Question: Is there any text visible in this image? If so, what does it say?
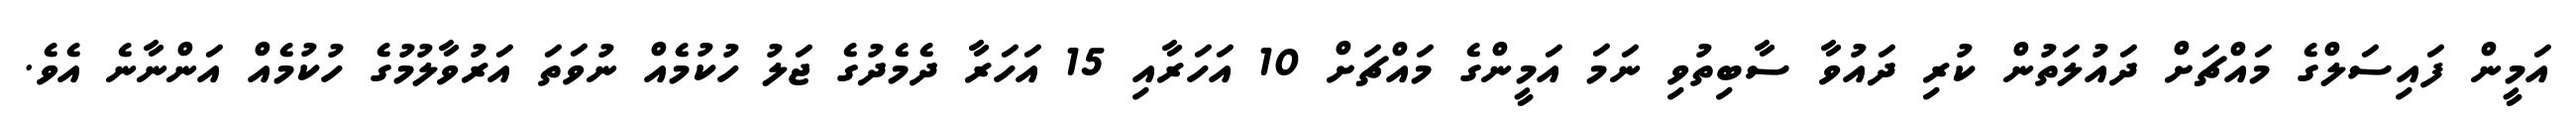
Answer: އަމީން ފައިސަލްގެ މައްޗަށް ދައުލަތުން ކުރި ދައުވާ ސާބިތުވި ނަމަ އަމީންގެ މައްޗަށް 10 އަހަރާއި 15 އަހަރާ ދެމެދުގެ ޖަލު ހުކުމެއް ނުވަތަ އަރުވާލުމުގެ ހުކުމެއް އަންނާނެ އެވެ.